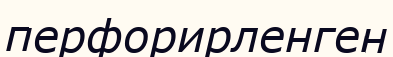
перфорирленген